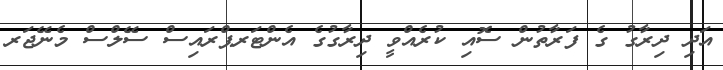
އަދި ދިރާގު ގެ ފަރާތުން ސޮއި ކުރެއްވީ ދިރާގުގެ އެންޓަރޕްރައިސް ސޭލްސް މެނޭޖަރ